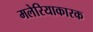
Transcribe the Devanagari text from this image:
मलेरियाकारक